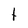
Character: t